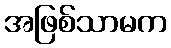
အဖြစ်သာမက